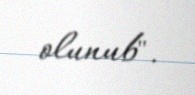
olunub".